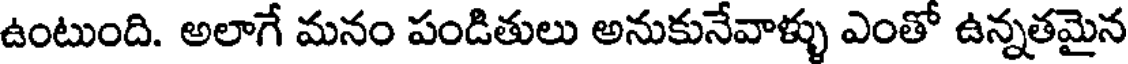
ఉంటుంది. అలాగే మనం పండితులు అనుకునేవాళ్ళు ఎంతో ఉన్నతమైన